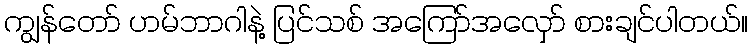
ကျွန်တော် ဟမ်ဘာဂါနဲ့ ပြင်သစ် အကြော်အလှော် စားချင်ပါတယ်။